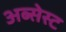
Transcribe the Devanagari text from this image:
अब्सेस्ट